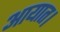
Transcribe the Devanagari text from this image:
आयात।